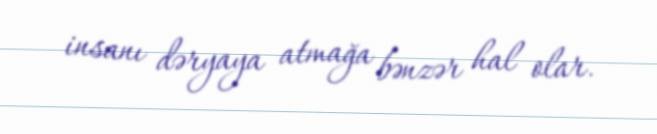
insanı dəryaya atmağa bənzər hal olar.